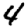
Digit: 4